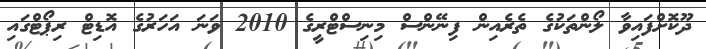
ދޫކޮށްފައިވާ ލޯންތަކުގެ ތެރެއިން ފިނޭންސް މިނިސްޓްރީގެ 2010 ވަަނަ އަހަރުގެ އޮޑިޓް ރިޕޯޓްގައި